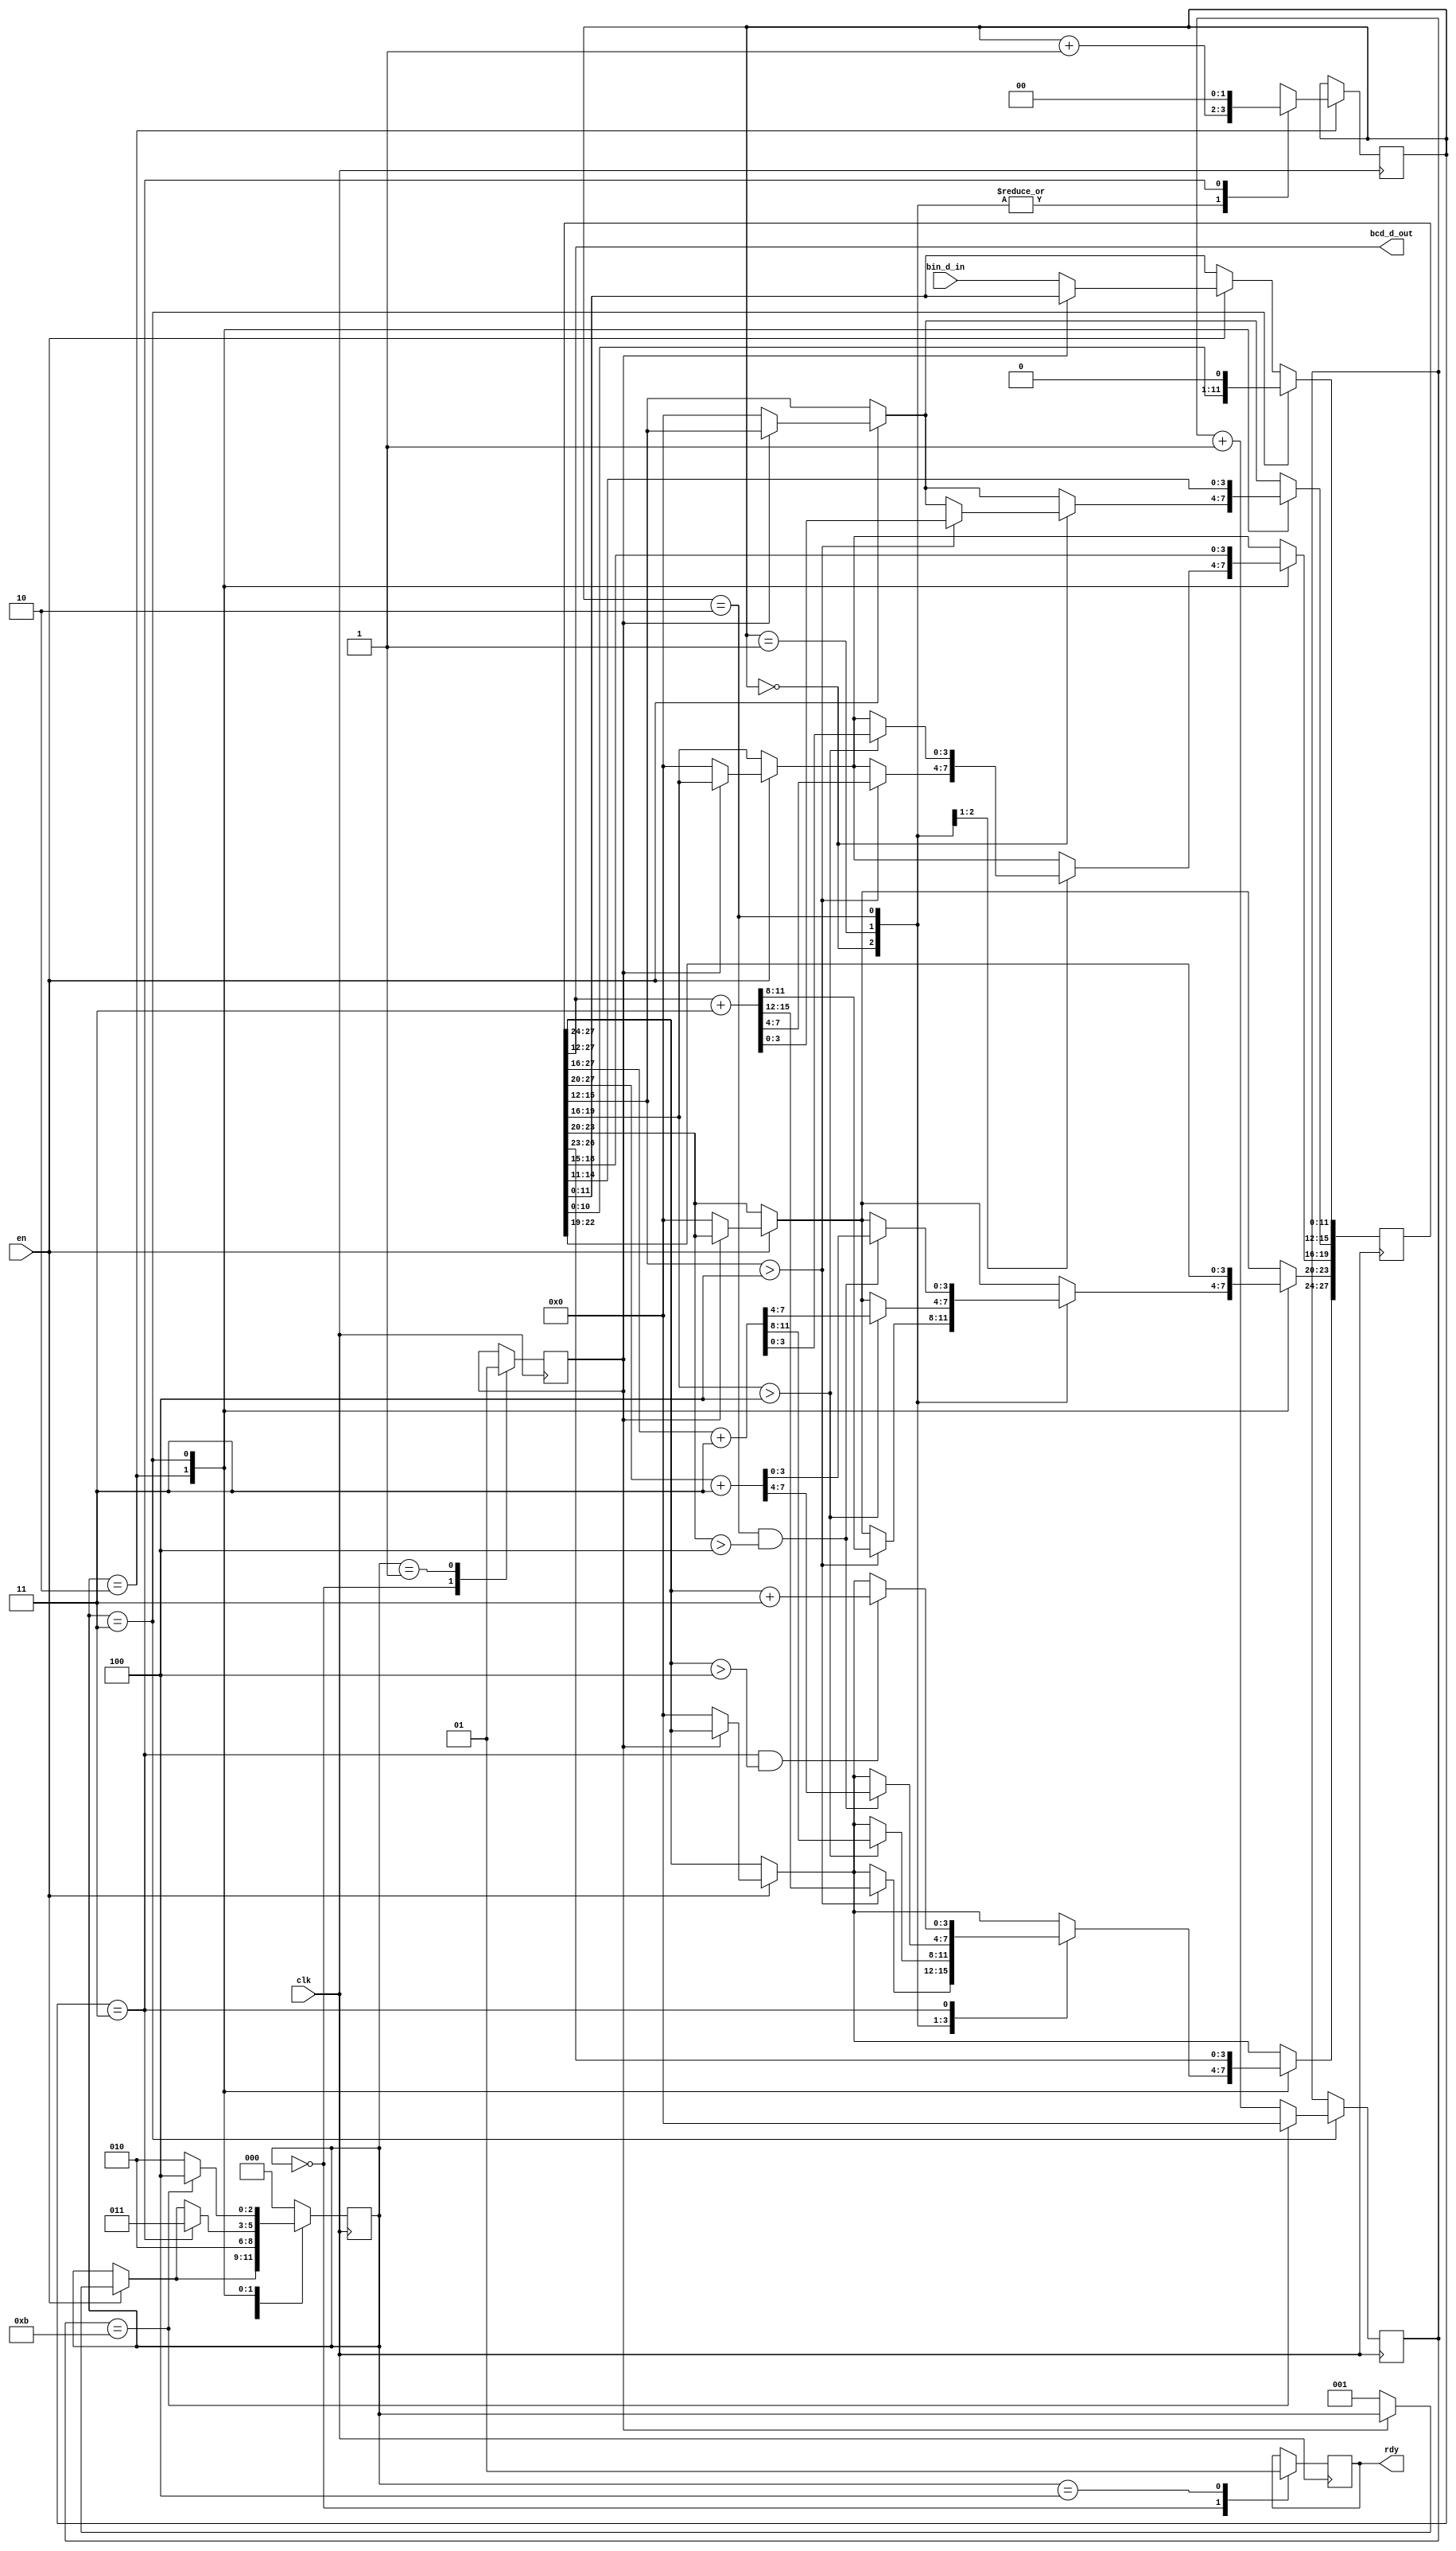
`timescale 1ns / 1ps
//////////////////////////////////////////////////////////////////////////////////
// Company: 
// Engineer: 
// 
// Design Name: 
// Module Name: bin2BCD
// Project Name: 
// Target Devices: 
// Tool Versions: 
// Description: 
// 
// Dependencies: 
// 
// Revision:
// Revision 0.01 - File Created
// Additional Comments:
// 
//////////////////////////////////////////////////////////////////////////////////


module bin2BCD(
    input clk,
    input en,
    input [11:0] bin_d_in, //1's 10's 100's
    output [15:0] bcd_d_out, //display
    output rdy
    );
    
    //State variables
    parameter IDLE = 3'b000;
    parameter SETUP = 3'b001;
    parameter ADD = 3'b010;
    parameter SHIFT = 3'b011;
    parameter DONE = 3'b100;
    
    //reg [11:0] bin_data = 0;
    reg [27:0] bcd_data = 0;
    reg [2:0] state = 0;
    reg busy = 0;
    reg [3:0] sh_counter = 0;
    reg [1:0] add_counter = 0;
    reg result_rdy = 0;
    
    always @(posedge clk)
        begin
        if(en)
            begin
                if(~busy)
                     begin
                         bcd_data <= {16'b0, bin_d_in};
                         state <= SETUP;
                     end
            end
        case(state)
    
        IDLE:
            begin
               result_rdy <= 0;
               busy <= 0;
            end
    
        SETUP:
            begin
               busy <= 1;
               state <= ADD;
            end
    
        ADD:
            begin
    
            case(add_counter)
                0:
                   begin
                        if(bcd_data[15:12] > 4)
                             begin
                                 bcd_data[27:12] <= bcd_data[27:12] + 3;
    
                             end
                             add_counter <= add_counter + 1;
                   end
    
                1:
                   begin
                        if(bcd_data[19:16] > 4)
                             begin
                                 bcd_data[27:16] <= bcd_data[27:16] + 3;
                             end
                             add_counter <= add_counter + 1;
                   end
    
                2:
                   begin
                        if((add_counter == 2) && (bcd_data[23:20] > 4))
                             begin
                                  bcd_data[27:20] <= bcd_data[27:20] + 3;
                             end
                             add_counter <= add_counter + 1;
                   end
    
                3:
                   begin
                        if((add_counter == 3) && (bcd_data[27:24] > 4))
                            begin
                                 bcd_data[27:24] <= bcd_data[27:24] + 3;
                            end
                            add_counter <= 0;
    
                        state <= SHIFT;
                   end
            endcase
            end
    
    SHIFT:
         begin
    sh_counter <= sh_counter + 1;
    bcd_data <= bcd_data << 1;
    
    if(sh_counter == 11)
    begin
    sh_counter <= 0;
    state <= DONE;
    end
    else
    begin
    state <= ADD;
    end
    
    end
    
    DONE:
    begin
    result_rdy <= 1;
    state <= IDLE;
    end
    default:
    
    begin
    state <= IDLE;
    end
    
    endcase
    
    end
    assign bcd_d_out = bcd_data[27:12];
    assign rdy = result_rdy;
endmodule